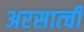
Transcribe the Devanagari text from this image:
अरसात्ची